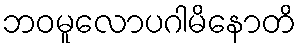
ဘဝမူလောပဂါမိနောတိ